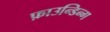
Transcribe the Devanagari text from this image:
फ़ाउन्डिन्ग